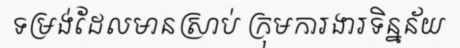
ទម្រង់ដែលមានស្រាប់ ក្រុមការងារទិន្នន័យ